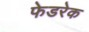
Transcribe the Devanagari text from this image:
फेडरेक